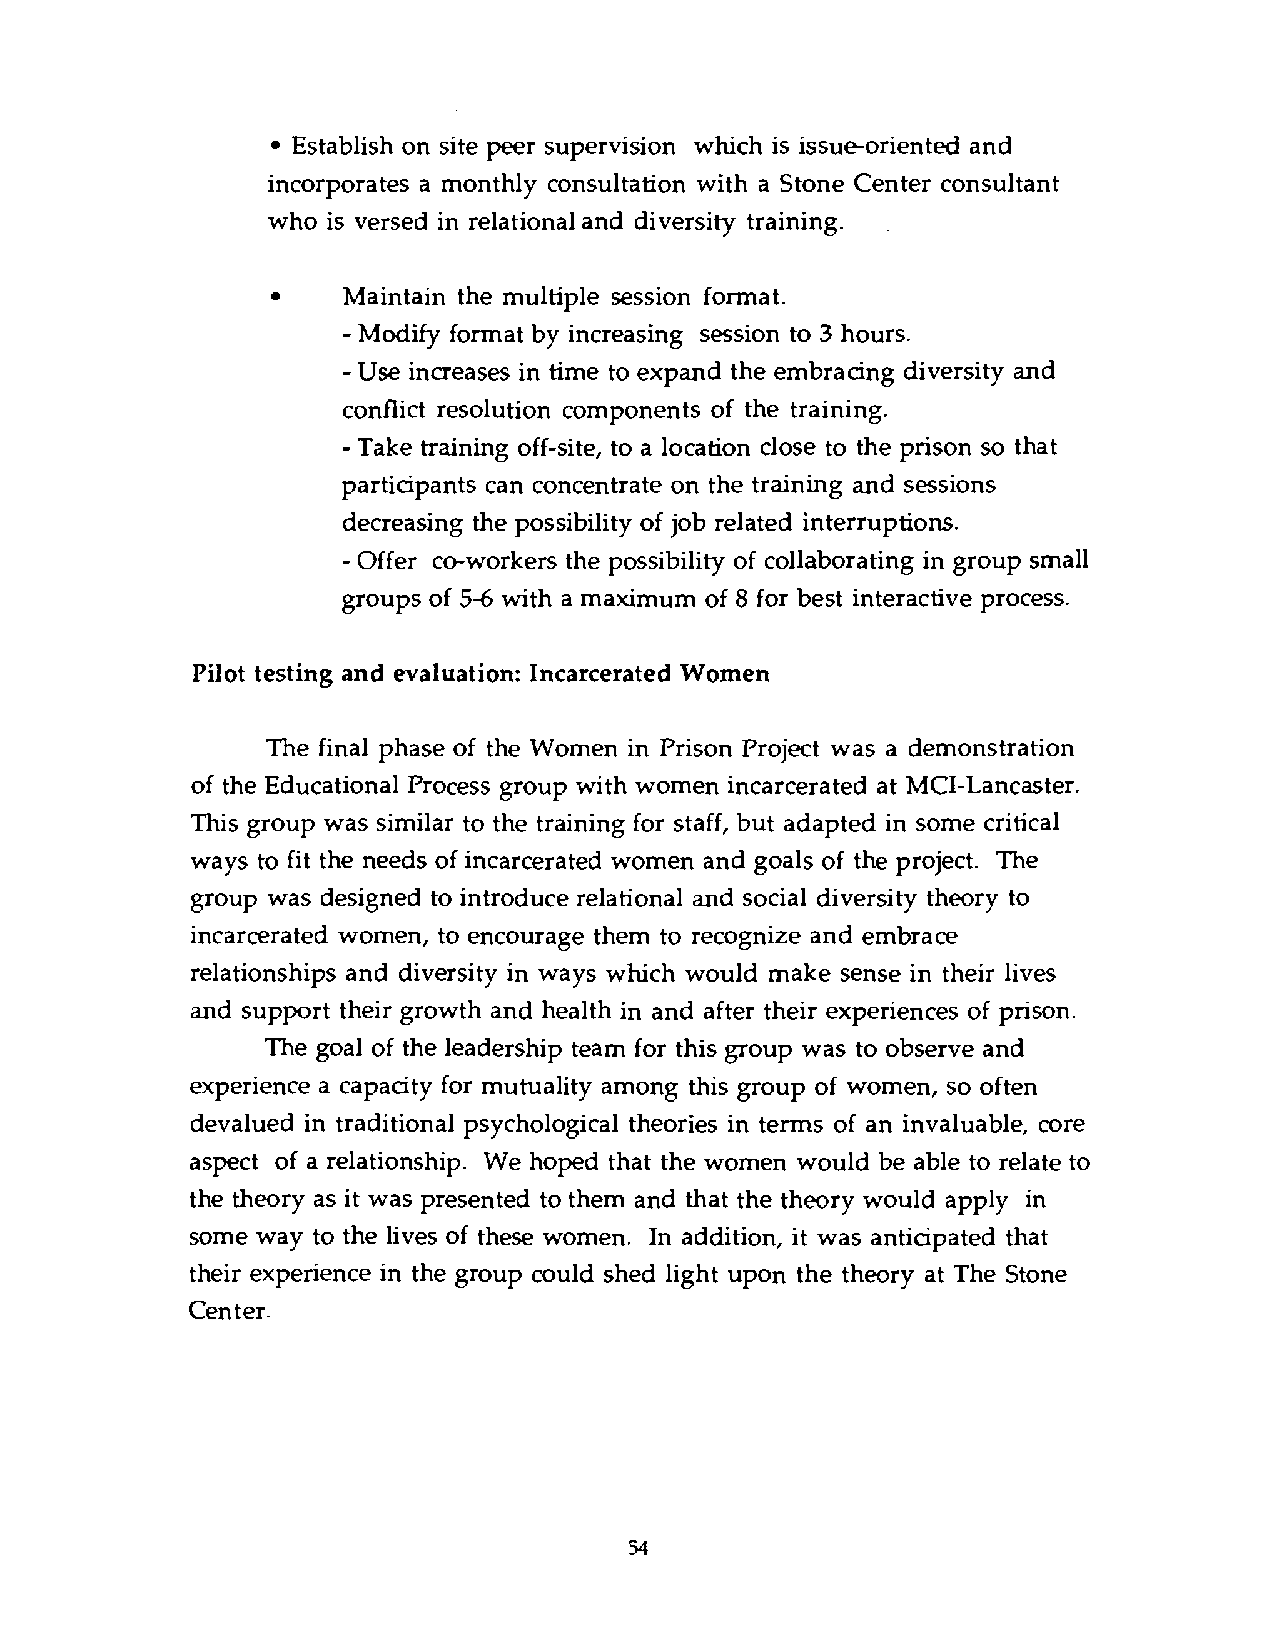
Establish on site peer supervision which is issue-oriented and
 incorporates a monthly consultation with a Stone Center consultant
 who is versed in relational and diversity training.
 Maintain the multiple session format.
 -
 Modify format by increasing session to 3 hours.
 -Use increases in time to expand the embracing diversity and
 conflict resolution components of the training.
 -
 Take training off-site, to a location close to the prison so that
 participants can concentrate on the training and sessions
 decreasing the possibility of job related interruptions.
 -
 Offer co-workers the possibility of collaborating in group small
 groups of 5-6 with a maximum of 8 for best interactive process.
 Pilot testing and evaluation: Incarcerated Women
 The final phase of the Women in Prison Project was a demonstration
 of the Educational Process group with women incarcerated at MCI-Lancaster.
 This group was similar to the training for staff, but adapted in some critical
 ways to fit the needs of incarcerated women and goals of the project. The
 group was designed to introduce relational and social diversity theory to
 incarcerated women, to encourage them to recognize and embrace
 relationships and diversity in ways which would make sense in their lives
 and support their growth and health in and after their experiences of prison.
 The goal of the leadership team for this group was to observe and
 experience a capacity for mutuality among this group of women, so often
 devalued in traditional psychological theories in terms of an invaluable, core
 aspect of a relationship. We hoped that the women would be able to relate to
 the theory as it was presented to them and that the theory would apply in
 some way to the lives of these women. In addition, it was anticipated that
 their experience in the group could shed light upon the theory at The Stone
 Center.